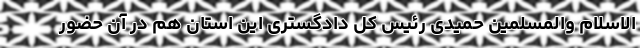
الاسلام والمسلمین حمیدی رئیس کل دادگستری این استان هم در آن حضور